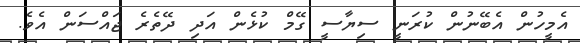
އެމީހުން އެބޭނުން ކުރަނީ ސިޔާސީ ގޭމް ކުޅެން އަދި ދޭތެރެ ޖައްސަން އެވެ.